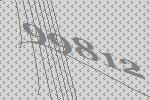
99812